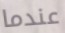
عندما